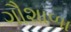
ગૌશાળા